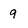
Character: 9